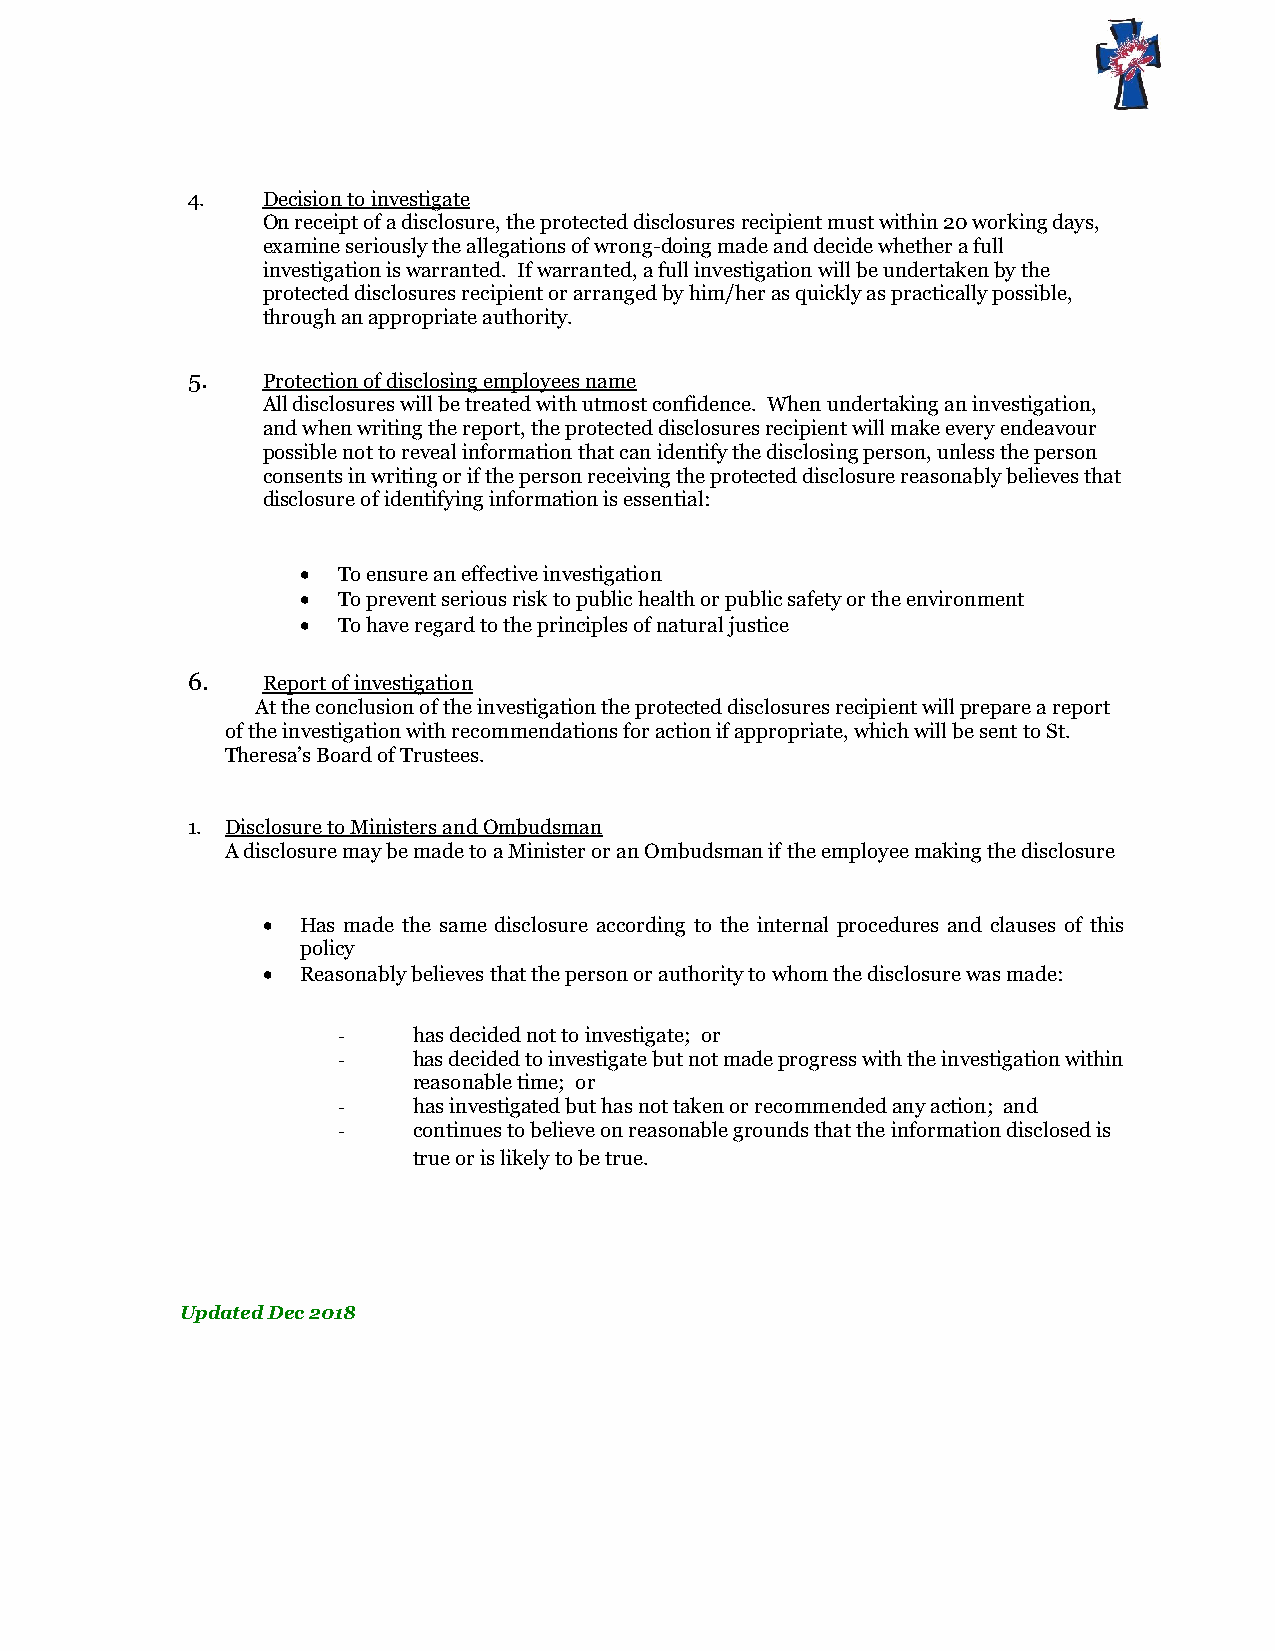
4.   Decision to investigate
 On receipt of a disclosure, the protected disclosures recipient must within 20 working days,
 examine seriously the allegations of wrong-doing made and decide whether a full
 investigation is warranted. If warranted, a full investigation will be undertaken by the
 protected disclosures recipient or arranged by him/her as quickly as practically possible,
 through an appropriate authority.
 5.   Protection of disclosing employees name
 All disclosures will be treated with utmost confidence. When undertaking an investigation,
 and when writing the report, the protected disclosures recipient will make every endeavour
 possible not to reveal information that can identify the disclosing person, unless the person
 consents in writing or if the person receiving the protected disclosure reasonably believes that
 disclosure of identifying information is essential:
  To ensure an effective investigation
  To prevent serious risk to public health or public safety or the environment
  To have regard to the principles of natural justice
 6.   Report of investigation
 At the conclusion of the investigation the protected disclosures recipient will prepare a report
 of the investigation with recommendations for action if appropriate, which will be sent to St.
 Theresa’s Board of Trustees.
 1. Disclosure to Ministers and Ombudsman
 A disclosure may be made to a Minister or an Ombudsman if the employee making the disclosure
   Has made the same disclosure according to the internal procedures and clauses of this
 policy
   Reasonably believes that the person or authority to whom the disclosure was made:
 -    has decided not to investigate; or
 -    has decided to investigate but not made progress with the investigation within
 reasonable time; or
 -    has investigated but has not taken or recommended any action; and
 -    continues to believe on reasonable grounds that the information disclosed is
 true or is likely to be true.
 Updated Dec 2018